Sketch of the medical history of the native army of Bombay, for the year
Year: 1872
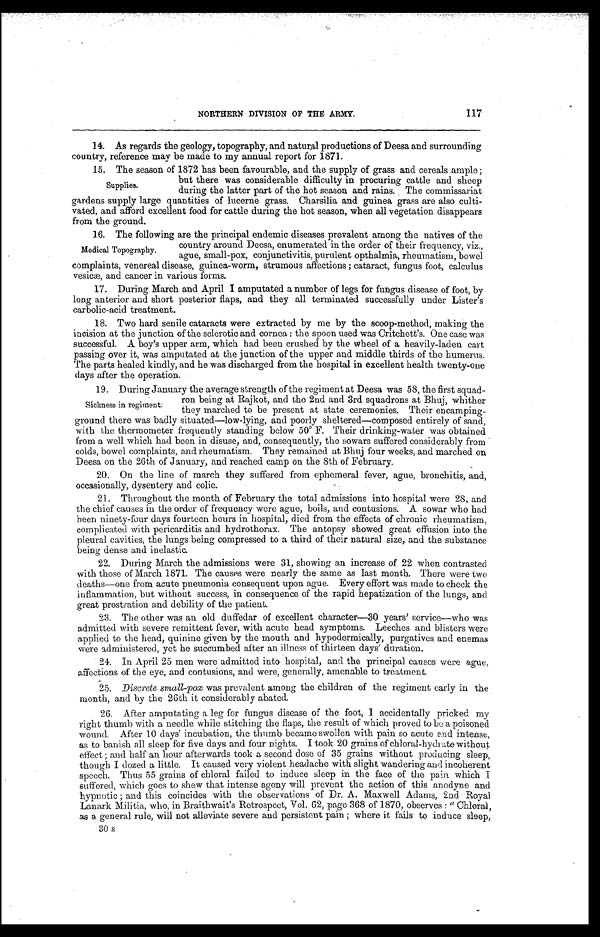
117
NORTHERN DIVISION OP THE ARMY.
14. As regards the geology, topography, and natural productions of Deesa and surrounding
country, reference may be made to my annual report for 1871.
15. The season of 1872 has been favourable. and the sunnlv of grass and cereals ample
Supplies.
but there was considerable difficulty in procuring cattle and sheep
during the latter part of the hot season and rains. The commissariat
gardens supply large quantities of lucerne grass. Charsilia and guinea grass are also culti-
vated, and afford excellent food for cattle during the hot season, when all vegetation disappears
from the ground.
16. The following are the principal endemic diseases prevalent among the natives of the
country around Deesa, enumerated in the order of their frequency, viz.,
ague, small-pox, conjunctivitis, purulent opthalmia, rheumatism, bowel
complaints, venereal disease, guinea-worm, strumous affections ; cataract, fungus foot, calculus
vesicæ, and cancer in various forms.
17. During March and April I amputated a number of legs for fungus disease of foot, by
long anterior and short posterior flaps, and they all terminated successfully under Lister's
carbolic-acid treatment.
18. Two hard senile cataracts were extracted by me by the scoop-method, making the
incision at the junction of the sclerotic and cornea : the spoon used was Critchett's. One case was
successful. A boy's upper arm, which had been crushed by the wheel of a heavily-laden cart
passing over it, was amputated at the junction of the upper and middle thirds of the humerus.
The parts healed kindly, and he was discharged from the hospital in excellent health twenty-one
days after the operation.
19. During January the average strength of the regiment at Deesa was 58, the first sauad-
Medical Topography.
Sickness in regiment:
ron being at Rajkot, and the 2nd and 3rd squadrons at Bhuj, whither
they marched to be present at state ceremonies. Their encamping-
ground there was badly situated—low-lying, and poorly sheltered—composed entirely of sand,
with the thermometer frequently standing below 50° F. Their drinking-water was obtained
from a well which had been in disuse, and, consequently, the sowars suffered considerably from
colds, bowel complaints, and rheumatism. They remained at Bhuj four weeks, and marched on
Deesa on the 26th of January, and reached camp on the 8th of February.
20. On the line of march they suffered from ephemeral fever, ague, bronchitis, and,
occasionally, dysentery and colic.
21. Throughout the month of February the total admissions into hospital were 28, and
the chief causes in the order of frequency were ague, boils, and contusions. A sowar who bad
been ninety-four days fourteen hours in hospital, died from the effects of chronic rheumatism,
complicated with pericarditis and hydrothorax. The antopsy showed great effusion into the
pleural cavities, the lungs being compressed to a third of their natural size, and the substance
being dense and inelastic.
22. During March the admissions were 31, showing an increase of 22 when contrasted
with those of March 1871. The causes were nearly the same as last month. There were two
deaths—one from acute pneumonia consequent upon ague. Every effort was made to check the
inflammation, but without success, in consequence of the rapid hepatization of the lungs, and
great prostration and debility of the patient.
23. The other was au old duffedar of excellent character-30 years' service—who was
admitted with severe remittent fever, with acute head symptoms. Leeches and blisters were
applied to the head, quinine given by the mouth and hypodermically, purgatives and enemas
were administered, yet he succumbed after an illness of thirteen days' duration.
24. In April 25 men were admitted into hospital, and the principal causes were ague,
affections of the eye, and contusions, and were, generally, amenable to treatment.
25. Discrete small-pox was prevalent among the children of the regiment early in the
month, and by the 26th it considerably abated.
26. After amputating a leg for fungus disease of the foot, I accidentally pricked my
right thumb with a needle while stitching the flaps, the result of which proved to be a poisoned
wound. After 10 days' incubation, the thumb became swollen with pain so acute and intense,
as to banish all sleep for five days and four nights. I took 20 grains of chloral-hydrate without
effect ; and half-an hour afterwards took a second dose of 35 grains without producing sleep,
though I dozed a little. It caused very violent headache with slight wandering and incoherent
speech. Thus 55 grains of chloral failed to induce sleep in the face of the pain which
suffered, which goes to shew that intense agony will prevent the action of this anodyne and
hypnotic ; and this coincides with the observations of Dr. A. Maxwell Adams, 2nd Royal.
Lanark Militia, who, in Braithwait's Retrospect, Vol. 62, page 368 of 1870, observes : " Chloral,
as a general rule, will not alleviate severe and persistent pain ; where it fails to induce sleep,
30 s